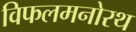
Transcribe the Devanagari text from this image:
विफलमनोरथ